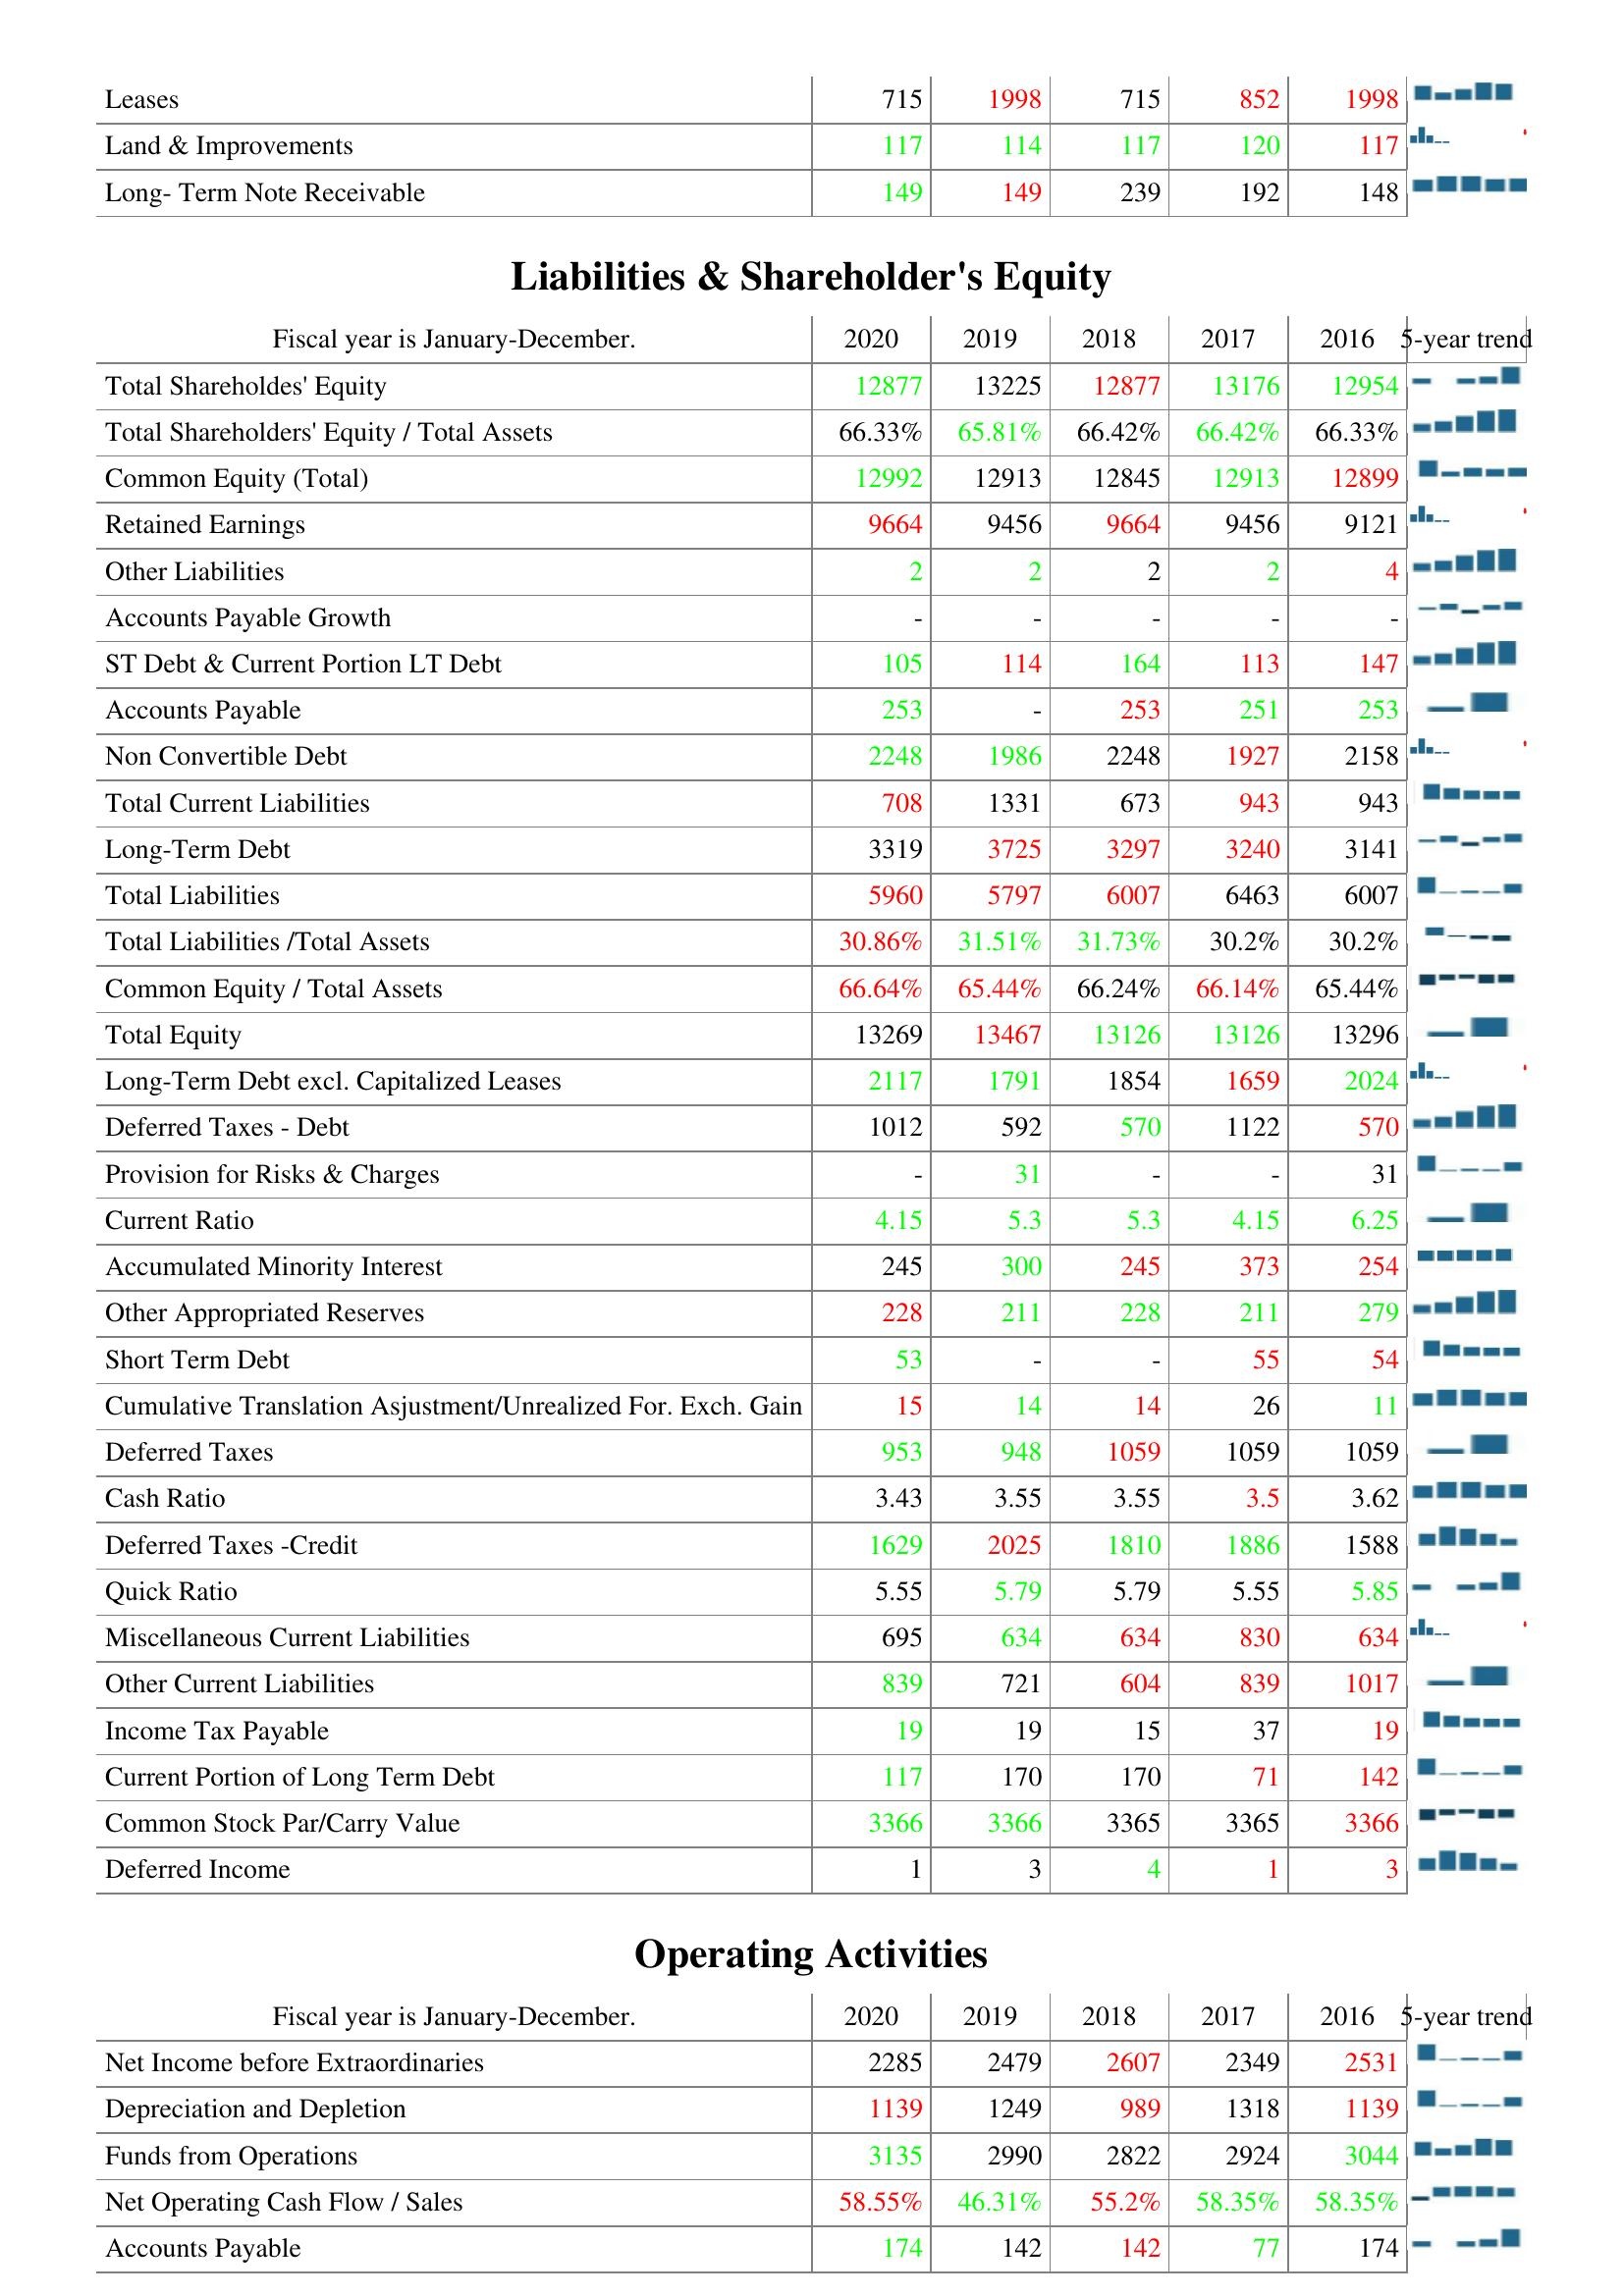
2020: Assets: Leases: 715
Land & Improvements: 117
Long- Term Note Receivable: 149
Liabilities & Shareholder's Equity: Total Shareholdes' Equity: 12877
Total Shareholders' Equity / Total Assets: 66.33%
Common Equity (Total): 12992
Retained Earnings: 9664
Other Liabilities: 2
Accounts Payable Growth: -
ST Debt & Current Portion LT Debt: 105
Accounts Payable: 253
Non Convertible Debt: 2248
Total Current Liabilities: 708
Long-Term Debt: 3319
Total Liabilities: 5960
Total Liabilities /Total Assets: 30.86%
Common Equity / Total Assets: 66.64%
Total Equity: 13269
Long-Term Debt excl. Capitalized Leases: 2117
Deferred Taxes - Debt: 1012
Provision for Risks & Charges: -
Current Ratio: 4.15
Accumulated Minority Interest: 245
Other Appropriated Reserves: 228
Short Term Debt: 53
Cumulative Translation Asjustment/Unrealized For. Exch. Gain: 15
Deferred Taxes: 953
Cash Ratio: 3.43
Deferred Taxes -Credit: 1629
Quick Ratio: 5.55
Miscellaneous Current Liabilities: 695
Other Current Liabilities: 839
Income Tax Payable: 19
Current Portion of Long Term Debt: 117
Common Stock Par/Carry Value: 3366
Deferred Income: 1
Operating Activities: Net Income before Extraordinaries: 2285
Depreciation and Depletion: 1139
Funds from Operations: 3135
Net Operating Cash Flow / Sales: 58.55%
Accounts Payable: 174
2019: Assets: Leases: 1998
Land & Improvements: 114
Long- Term Note Receivable: 149
Liabilities & Shareholder's Equity: Total Shareholdes' Equity: 13225
Total Shareholders' Equity / Total Assets: 65.81%
Common Equity (Total): 12913
Retained Earnings: 9456
Other Liabilities: 2
Accounts Payable Growth: -
ST Debt & Current Portion LT Debt: 114
Accounts Payable: -
Non Convertible Debt: 1986
Total Current Liabilities: 1331
Long-Term Debt: 3725
Total Liabilities: 5797
Total Liabilities /Total Assets: 31.51%
Common Equity / Total Assets: 65.44%
Total Equity: 13467
Long-Term Debt excl. Capitalized Leases: 1791
Deferred Taxes - Debt: 592
Provision for Risks & Charges: 31
Current Ratio: 5.3
Accumulated Minority Interest: 300
Other Appropriated Reserves: 211
Short Term Debt: -
Cumulative Translation Asjustment/Unrealized For. Exch. Gain: 14
Deferred Taxes: 948
Cash Ratio: 3.55
Deferred Taxes -Credit: 2025
Quick Ratio: 5.79
Miscellaneous Current Liabilities: 634
Other Current Liabilities: 721
Income Tax Payable: 19
Current Portion of Long Term Debt: 170
Common Stock Par/Carry Value: 3366
Deferred Income: 3
Operating Activities: Net Income before Extraordinaries: 2479
Depreciation and Depletion: 1249
Funds from Operations: 2990
Net Operating Cash Flow / Sales: 46.31%
Accounts Payable: 142
2018: Assets: Leases: 715
Land & Improvements: 117
Long- Term Note Receivable: 239
Liabilities & Shareholder's Equity: Total Shareholdes' Equity: 12877
Total Shareholders' Equity / Total Assets: 66.42%
Common Equity (Total): 12845
Retained Earnings: 9664
Other Liabilities: 2
Accounts Payable Growth: -
ST Debt & Current Portion LT Debt: 164
Accounts Payable: 253
Non Convertible Debt: 2248
Total Current Liabilities: 673
Long-Term Debt: 3297
Total Liabilities: 6007
Total Liabilities /Total Assets: 31.73%
Common Equity / Total Assets: 66.24%
Total Equity: 13126
Long-Term Debt excl. Capitalized Leases: 1854
Deferred Taxes - Debt: 570
Provision for Risks & Charges: -
Current Ratio: 5.3
Accumulated Minority Interest: 245
Other Appropriated Reserves: 228
Short Term Debt: -
Cumulative Translation Asjustment/Unrealized For. Exch. Gain: 14
Deferred Taxes: 1059
Cash Ratio: 3.55
Deferred Taxes -Credit: 1810
Quick Ratio: 5.79
Miscellaneous Current Liabilities: 634
Other Current Liabilities: 604
Income Tax Payable: 15
Current Portion of Long Term Debt: 170
Common Stock Par/Carry Value: 3365
Deferred Income: 4
Operating Activities: Net Income before Extraordinaries: 2607
Depreciation and Depletion: 989
Funds from Operations: 2822
Net Operating Cash Flow / Sales: 55.2%
Accounts Payable: 142
2017: Assets: Leases: 852
Land & Improvements: 120
Long- Term Note Receivable: 192
Liabilities & Shareholder's Equity: Total Shareholdes' Equity: 13176
Total Shareholders' Equity / Total Assets: 66.42%
Common Equity (Total): 12913
Retained Earnings: 9456
Other Liabilities: 2
Accounts Payable Growth: -
ST Debt & Current Portion LT Debt: 113
Accounts Payable: 251
Non Convertible Debt: 1927
Total Current Liabilities: 943
Long-Term Debt: 3240
Total Liabilities: 6463
Total Liabilities /Total Assets: 30.2%
Common Equity / Total Assets: 66.14%
Total Equity: 13126
Long-Term Debt excl. Capitalized Leases: 1659
Deferred Taxes - Debt: 1122
Provision for Risks & Charges: -
Current Ratio: 4.15
Accumulated Minority Interest: 373
Other Appropriated Reserves: 211
Short Term Debt: 55
Cumulative Translation Asjustment/Unrealized For. Exch. Gain: 26
Deferred Taxes: 1059
Cash Ratio: 3.5
Deferred Taxes -Credit: 1886
Quick Ratio: 5.55
Miscellaneous Current Liabilities: 830
Other Current Liabilities: 839
Income Tax Payable: 37
Current Portion of Long Term Debt: 71
Common Stock Par/Carry Value: 3365
Deferred Income: 1
Operating Activities: Net Income before Extraordinaries: 2349
Depreciation and Depletion: 1318
Funds from Operations: 2924
Net Operating Cash Flow / Sales: 58.35%
Accounts Payable: 77
2016: Assets: Leases: 1998
Land & Improvements: 117
Long- Term Note Receivable: 148
Liabilities & Shareholder's Equity: Total Shareholdes' Equity: 12954
Total Shareholders' Equity / Total Assets: 66.33%
Common Equity (Total): 12899
Retained Earnings: 9121
Other Liabilities: 4
Accounts Payable Growth: -
ST Debt & Current Portion LT Debt: 147
Accounts Payable: 253
Non Convertible Debt: 2158
Total Current Liabilities: 943
Long-Term Debt: 3141
Total Liabilities: 6007
Total Liabilities /Total Assets: 30.2%
Common Equity / Total Assets: 65.44%
Total Equity: 13296
Long-Term Debt excl. Capitalized Leases: 2024
Deferred Taxes - Debt: 570
Provision for Risks & Charges: 31
Current Ratio: 6.25
Accumulated Minority Interest: 254
Other Appropriated Reserves: 279
Short Term Debt: 54
Cumulative Translation Asjustment/Unrealized For. Exch. Gain: 11
Deferred Taxes: 1059
Cash Ratio: 3.62
Deferred Taxes -Credit: 1588
Quick Ratio: 5.85
Miscellaneous Current Liabilities: 634
Other Current Liabilities: 1017
Income Tax Payable: 19
Current Portion of Long Term Debt: 142
Common Stock Par/Carry Value: 3366
Deferred Income: 3
Operating Activities: Net Income before Extraordinaries: 2531
Depreciation and Depletion: 1139
Funds from Operations: 3044
Net Operating Cash Flow / Sales: 58.35%
Accounts Payable: 174